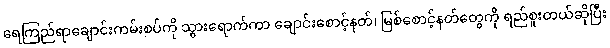
ရေကြည်ရာချောင်းကမ်းစပ်ကို သွားရောက်ကာ ချောင်းစောင့်နတ်၊ မြစ်စောင့်နတ်တွေကို ရည်စူးတယ်ဆိုပြီး